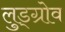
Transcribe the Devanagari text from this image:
लुड्ग्रोव